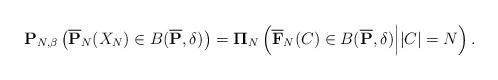
LaTeX: \begin{align*} \mathbf{P}_{N, \beta} \left( \overline{\mathbf{P}}_{N}(X_{N}) \in B( \overline{\mathbf{P}}, \delta) \right) = \mathbf{\Pi}_{N} \left( \overline{\mathbf{F}}_{N}(C) \in B( \overline{\mathbf{P}}, \delta) \Big| |C| = N \right).\end{align*}